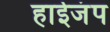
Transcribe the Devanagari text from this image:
हाईजंप